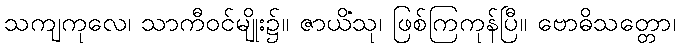
သကျကုလေ၊ သာကီဝင်မျိုး၌။ ဇာယိံသု၊ ဖြစ်ကြကုန်ပြီ။ ဗောဓိသတ္တော၊